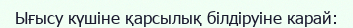
Ығысу күшіне қарсылық білдіруіне карай: